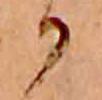
か